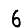
Digit: 6